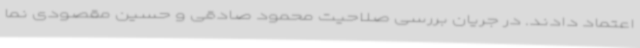
اعتماد دادند. در جریان بررسی صلاحیت محمود صادقی و حسین مقصودی نما